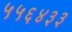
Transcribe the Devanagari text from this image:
५५६४३३